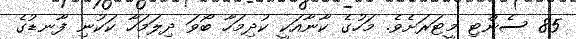
85 ސެންޓި މީޓަރަށެވެ. މަހުގެ ކާނާއަކީ ކުދިމަހާ ބޯވަ ދިލަމަހާ ކަކުނި ފާނޑުގެ